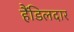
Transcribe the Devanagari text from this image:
हैंडिलदार